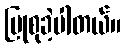
ပြုစုခဲ့ပါတယ်။